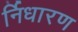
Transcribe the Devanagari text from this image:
र्निधारण